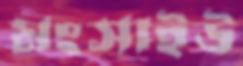
মংসাইউ